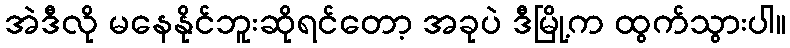
အဲဒီလို မနေနိုင်ဘူးဆိုရင်တော့ အခုပဲ ဒီမြို့က ထွက်သွားပါ။